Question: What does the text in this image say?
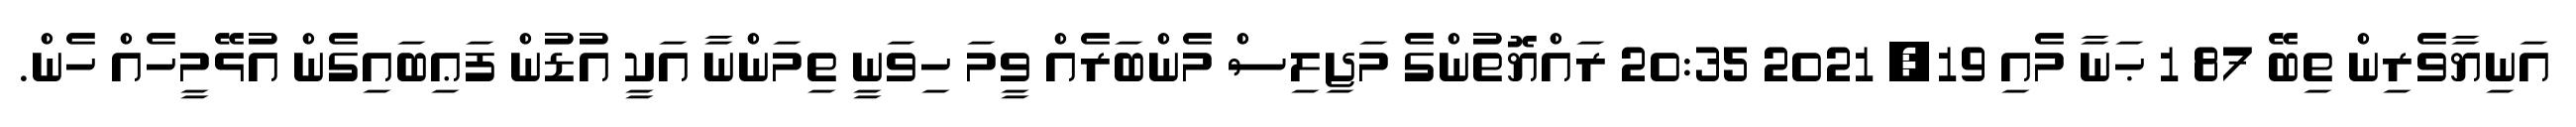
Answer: އަނިޔާވެރިން ތިބޭ 87 1 ޙަނާ މެއި 19, 2021 20:35 ރައްޔޮތުންގެ މަޖިލިސް މެންބަރެއް ވީމަ ހިވަނީ ތިމަންނާ އަކީ އުޑުން ފަޢިބައިގެން އުޅޭމީހެއް ހެން.